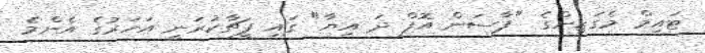
ޓައިމް މެގަޒިންގެ "ޕާސަން އޮފް ދަ އިޔާ" ގައި ފީޗާކުރަނީ އަހަރުގެ އެންމެ